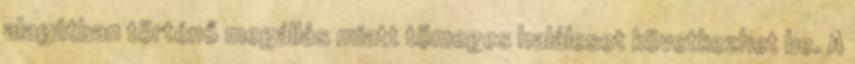
alagútban történő megállás miatt tömeges haláleset következhet be. A